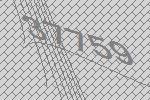
37759